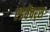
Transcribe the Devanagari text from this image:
एडवेंचरस